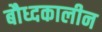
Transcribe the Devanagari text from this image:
बौध्दकालीन